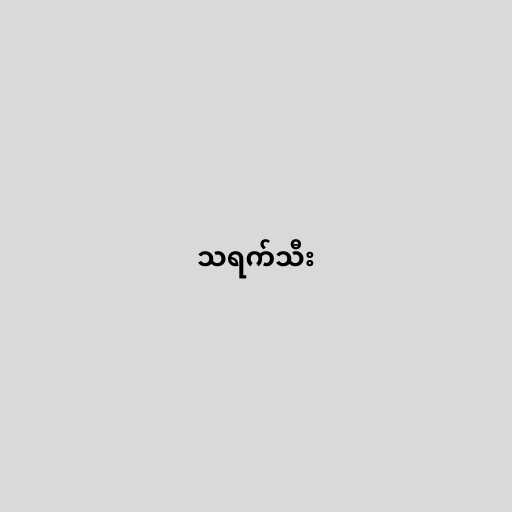
သရက်သီး